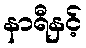
နာရီနှင့်